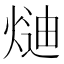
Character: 𭵍